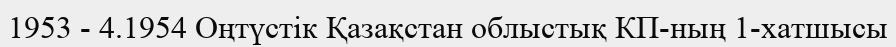
1953 - 4.1954 Оңтүстік Қазақстан облыстық КП-ның 1-хатшысы